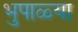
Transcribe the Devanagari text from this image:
भुपाळ्या